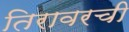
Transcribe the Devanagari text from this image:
तिरावरची